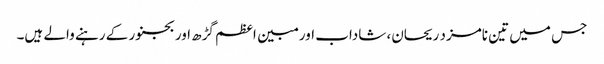
جس میں تین نامزد ریحان، شاداب اور مبین اعظم گڑھ اور بجنور کے رہنے والے ہیں۔